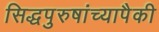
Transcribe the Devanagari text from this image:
सिद्धपुरुषांच्यापैकी